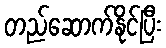
တည်ဆောက်နိုင်ပြီး